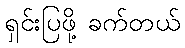
ရှင်းပြဖို့ ခက်တယ်